Vaccination in Burma 1889-1999 - 1889-1999
Year: 1889
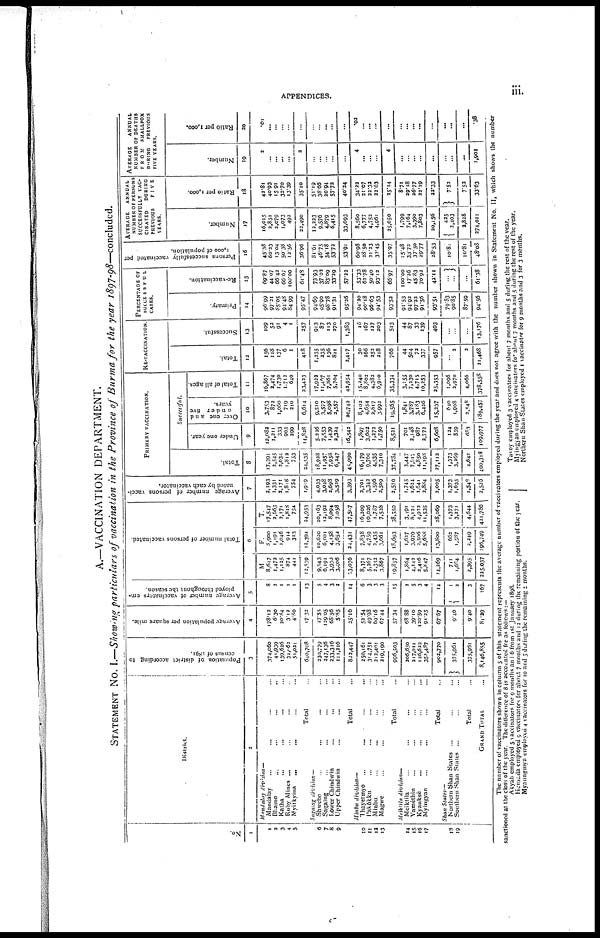
APPENDICES.
iii.
A.—VACCINATION DEPARTMENT.
STATEMENT No. I.—Showing particulars of vaccination in the Province of Burma for the year 1897-98—concluded.
No.
1
1
2 3
4
5
6
7
8 9
10
11
12 13
14
15
16
17
18
19
District.
2
Mandalay
division—
Mandalay... ...
Bhamo... ... ...
Katha... ... ...
Ruby Mines... ...
Myitkyina
...
...
...
Total...
Sagaing
division—
Shwebo... ...
Sagaing... ...
Lower Chindwin... ... ...
Upper Chindwin... ...
Total...
Minbu
division—
Ihayetmyo...
...
Pakôkku... ...
Minbu... ...
Magwe... ...
Total...
Metkila
division—
Metkila... ...
Yamèthin... ...
Kyauksè... ...
Myingyan... ...
Total...
Shan
States—
Northern Shan
States...
Southern Shan States...
Total...
GRAND TOTAL...
Population of district according to
census of 1891.
3
374,060
41,939
139,626
34,462
51,021
640,708
230,779
247,136
233,316
111,216
822,447
250,161
314,751
213,401
219,190
996,503
206,650
217,011 126,622
352,487
902,770
375,961
375,951
8,146,855
Average population per square mile.
4
178.12
6.30
20.84
3.12
4.80
17.32
27.55
129.05
68.56
5.85
35.10
52.54
49.98
69.16
67.44
57.34
68.88
39.10
120.59
94.25
67.67
9.40
9.40
81.29
Average number of vaccinators em-
ployed throughout the season.
5
8
2
1
1
1
13
5
4
3
2
14
6
3
3
3
15
2
5
3
4
14
1
2
3
167
Total number of persons vaccinated.
6
M.
8,647
1,472
1,125
874
441
12,539
9,543
6,191
3,936
3,406
23,076
8,371
5,267
2,352
3,867
19,857
1,864
4,142
2,416
5,847
14,269
711
1,684
2,395
225,037
F.
8,900
1,191
1,046
914
313
12,394
10,620
6,001
4,158
3,652
24,431
7,838
4,759
2,435
3,661
18,693
1,637
3,979
2,506
5,688
13,800
662
1,587
2,249
196,749
T.
17,547
2,663
2,171
1,818
754
24,953
20,163
12,192
8,094
7,058
47,507
16,209
10,026
4,787
7,528
38,550
3,191
8,121
4,922
11,535
28,069
1,373
3,271
4,644
421,786
Average number of persons vacci-
nated by each vaccinator.
7
2,193
1,331
2,171
1,818
754
1,919
4,033
3,048
2,698
3,529
3,393
2,701
3,342
1,596
2,509
2,570
1,745
1,621
1,641
2,884
3,005
1,373
1,635
1,548
2,526
Primary vaccination.
Total.
8
17,391
2,545
2,034
1,812
753
24,535
18,928
11,957
7,958
6,247
45,090
16,179
9,760
4,535
7,310
37,784
3,447
7,617
4,850
11,198
27,112
1,373
3,269
4,642
400,318
Successful.
Under one year.
9
12,082
1,211
333
903
299
14,828
5,226
7,553
1,439
2,324
16,542
1,897
3,602
1,272
1,750
8,521
701
2,148
987
2,772
6,608
124
559
683
109,977
Over one and
under five
years.
10
3,753
872
1,060
719
210
6,614
9,510
3,577
5,098
2,557
20,743
8,102
4,654
2,817
3,992
19,565
1,841
3,787
3,183
6,426
15,237
640
1,908
3,548
189,457
Total of all ages.
11
16,867
2,474
1,730
1,712
640
23,423
17,922
11,407
7,861
5,704
42,954
15,240
8,802
4,382
6,910
35,334
3,155
7,330
4,715
10,253
25,353
1,069
2,970 4,066
378,558
Re-vaccination.
Total.
12
156
118
137
6
1
418
1,235
235
136
811
2,417
30
266
252
218
766
44
504
72
337
957
...
2
2
21,468
Successful.
13
109
52
91
4
1
257
913
87
113
270
1,383
16
167
127
203
513
44
87
33
239
403
...
...
...
13,176
Percentage of
successful
CASES.
Primary.
14
96.99
97.21
85.05
94.48
84.99
95.47
94.69
95.90
98.78
91.31
95.26
94.20
90.18
96.63
94.53
93.52
91.53
94.92
97.22
91.56
93.51
79.83
90.85
87.59
94.56
Re-vaccination.
15
69.87
44.07
66.42
66.67
100.00
61.48
73.93
37.02
83.09
33.29
57.22
53.33
62.78
50.40
93.13
65.97
100.00
17.26
45.83
70.92
42.11
...
...
...
61.38
Persons successfully vaccinated per
1,000 of population.
16
45.38
60.23
13.04
50.38
12.56
36.96
81.61
46.75
34.18
53.72
53.91
60.98
28.50
21.33
33.45
35.97
15.48
33.73
37.50
29.77
28.53
10.81
10.81
48.08
Average
annual
number of persons
successfully vac-
cinated
during
previous
five
YEARS.
Number.
17
16,015
2,851
2,079
1,073
493
22,490
12,223
9,576
4,879
6,415
33,093
8,560
6,777
4,752
4,961
25,050
1,799
7,164
3,390
7,803
20,156
425
2,403
2,828
274,011
Ratio per 1,000.
18
42.81
40.93
15.91
33.70
13.39
35.10
51.19
38.66
20.04
57.72
40.24
34.23
21.07
22.32
22.63
25.14
8.71
29.18
26.77
22.19
22.33
7.52
7.52
33.63
Average
annual
number or deaths
FROM
SMALLPOX
DURING
PREVIOUS
FIVE YEARS.
Number.
19
3
...
... ...
...
2
...
...
...
...
...
4
...
...
...
4
...
...
...
...
...
...
...
...
1,901
Ratio per 1,000.
20
.01
...
...
...
...
...
...
...
...
...
...
.02
...
...
...
...
...
...
...
...
...
...
...
...
.38
The n u mb e r of vaccinators shown in column 5 of this statement represents the average number of vaccinators employed during the year and does not agree with the number shown in Statement No. II, which shows the number
sanctioned at the close of the year. The difference of 8 is accounted for as follows:—
Akyab employed 5 vaccinators for 9 months an 16 from 1st January 1898.
Henzada employed 9 vaccinators for about 7 months and 12 during the remaining portion of the year.
Myaungmya employed 4 vaccinators for 10 and 5 during the remaining 1 months.
Tavoy employed 3 vaccinators for about 7 months and 5 during the rest of the year.
Myingyan employed 4 vaccinators for about 7 months and 5 during the rest of the year.
Northern Shan States employed 1 vaccinator for 9 months and 3 for 3 months.